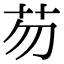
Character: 芴